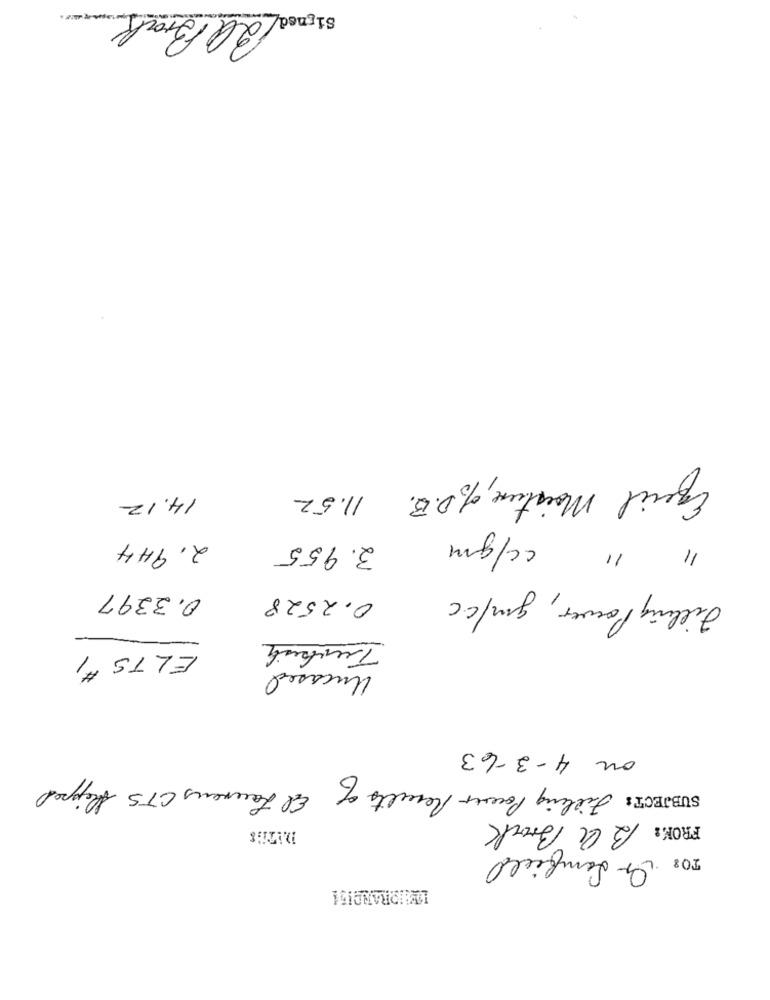
Ba Brak
Equil Moisture, of D.B.
14.12
11.52
cc/gm
2.944
3.955
11
0.3397
0,2528
Filling Power, gm/C.C
Turkish
ELTS #1
Uncased
ou 4-3-63
Ed Laurens CTS Shipped
SUBJECT: Filling Power Results of
FROM: Bal Brock
TO: s temfield